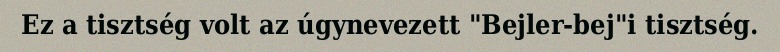
Ez a tisztség volt az úgynevezett "Bejler-bej"i tisztség.